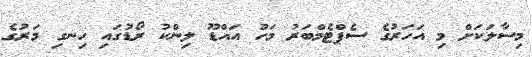
މިސާލަކަށް މި އަހަރުގެ ސެޕްޓެމްބަރު މަހު އައްޑޫ ލިންކު ރޯޑުގައި ހިނގި މަރުގެ